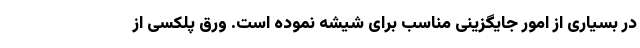
در بسیاری از امور جایگزینی مناسب برای شیشه نموده است. ورق پلکسی از